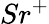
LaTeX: Sr^{+}